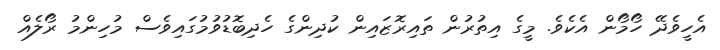
އެހީވެދޭ ހޯމޯން އެކެވެ. މީގެ އިތުރުން ތައިރޮޒައިން ކުދިންގެ ހެދިބޮޑުވުމުގައިވެސް މުހިންމު ރޯލެއް